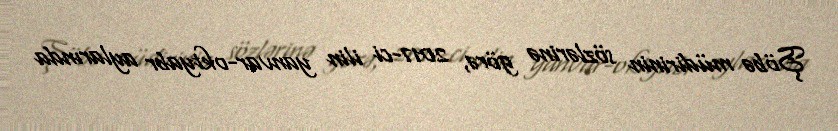
Şöbə müdirinin sözlərinə görə, 2017-ci ilin yanvar-oktyabr aylarında